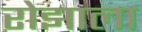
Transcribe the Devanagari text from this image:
रोझाला